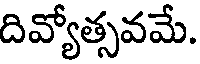
దివ్యోత్సవమే.